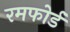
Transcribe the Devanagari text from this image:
रमफोर्ड